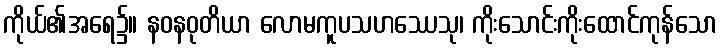
ကိုယ်၏အရေ၌။ နဝနဝုတိယာ လောမကူပသဟဿေသု၊ ကိုးသောင်းကိုးထောင်ကုန်သော